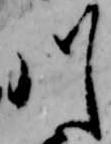
川